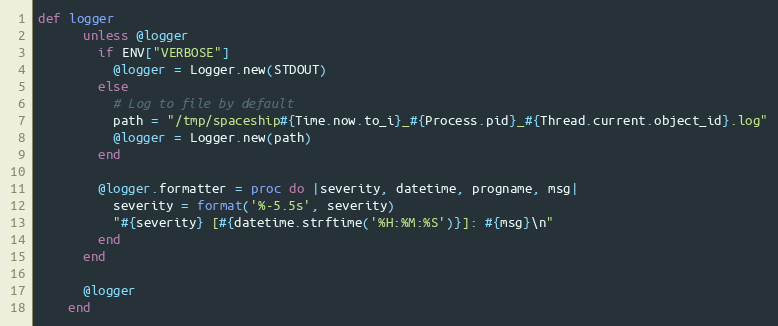
Language: Ruby
def logger
      unless @logger
        if ENV["VERBOSE"]
          @logger = Logger.new(STDOUT)
        else
          # Log to file by default
          path = "/tmp/spaceship#{Time.now.to_i}_#{Process.pid}_#{Thread.current.object_id}.log"
          @logger = Logger.new(path)
        end

        @logger.formatter = proc do |severity, datetime, progname, msg|
          severity = format('%-5.5s', severity)
          "#{severity} [#{datetime.strftime('%H:%M:%S')}]: #{msg}\n"
        end
      end

      @logger
    end